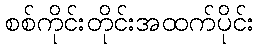
စစ်ကိုင်းတိုင်းအထက်ပိုင်း